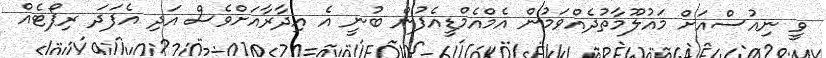
ވީ ނިއުސްއަށް މައުލޫމާތުދެއްވަމުން އެމްއެމްޑީއެފުން ބުނީ އެ އިދާރާއަށްވެސް އަދި އެފަދަ ރިޕޯޓެއް